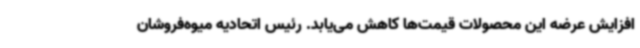
افزایش عرضه این محصولات قیمت‌ها کاهش می‌یابد. رئیس اتحادیه میوه‌فروشان